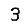
Digit: 3